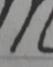
Signature authenticity: forged